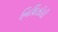
નિશિકોરી